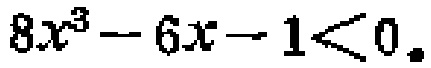
\(8x^{3}-6x - 1<0\)